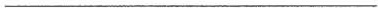
___